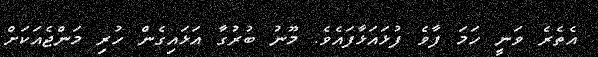
އެތެރެ ވަނީ ހަމަ ފާވެ ފުޅައަޅާފައެވެ. މޫނު ބުރުގާ އަޅައިގެން ހުރި މަންޖެއަކަށް